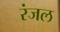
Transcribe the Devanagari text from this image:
रंजल